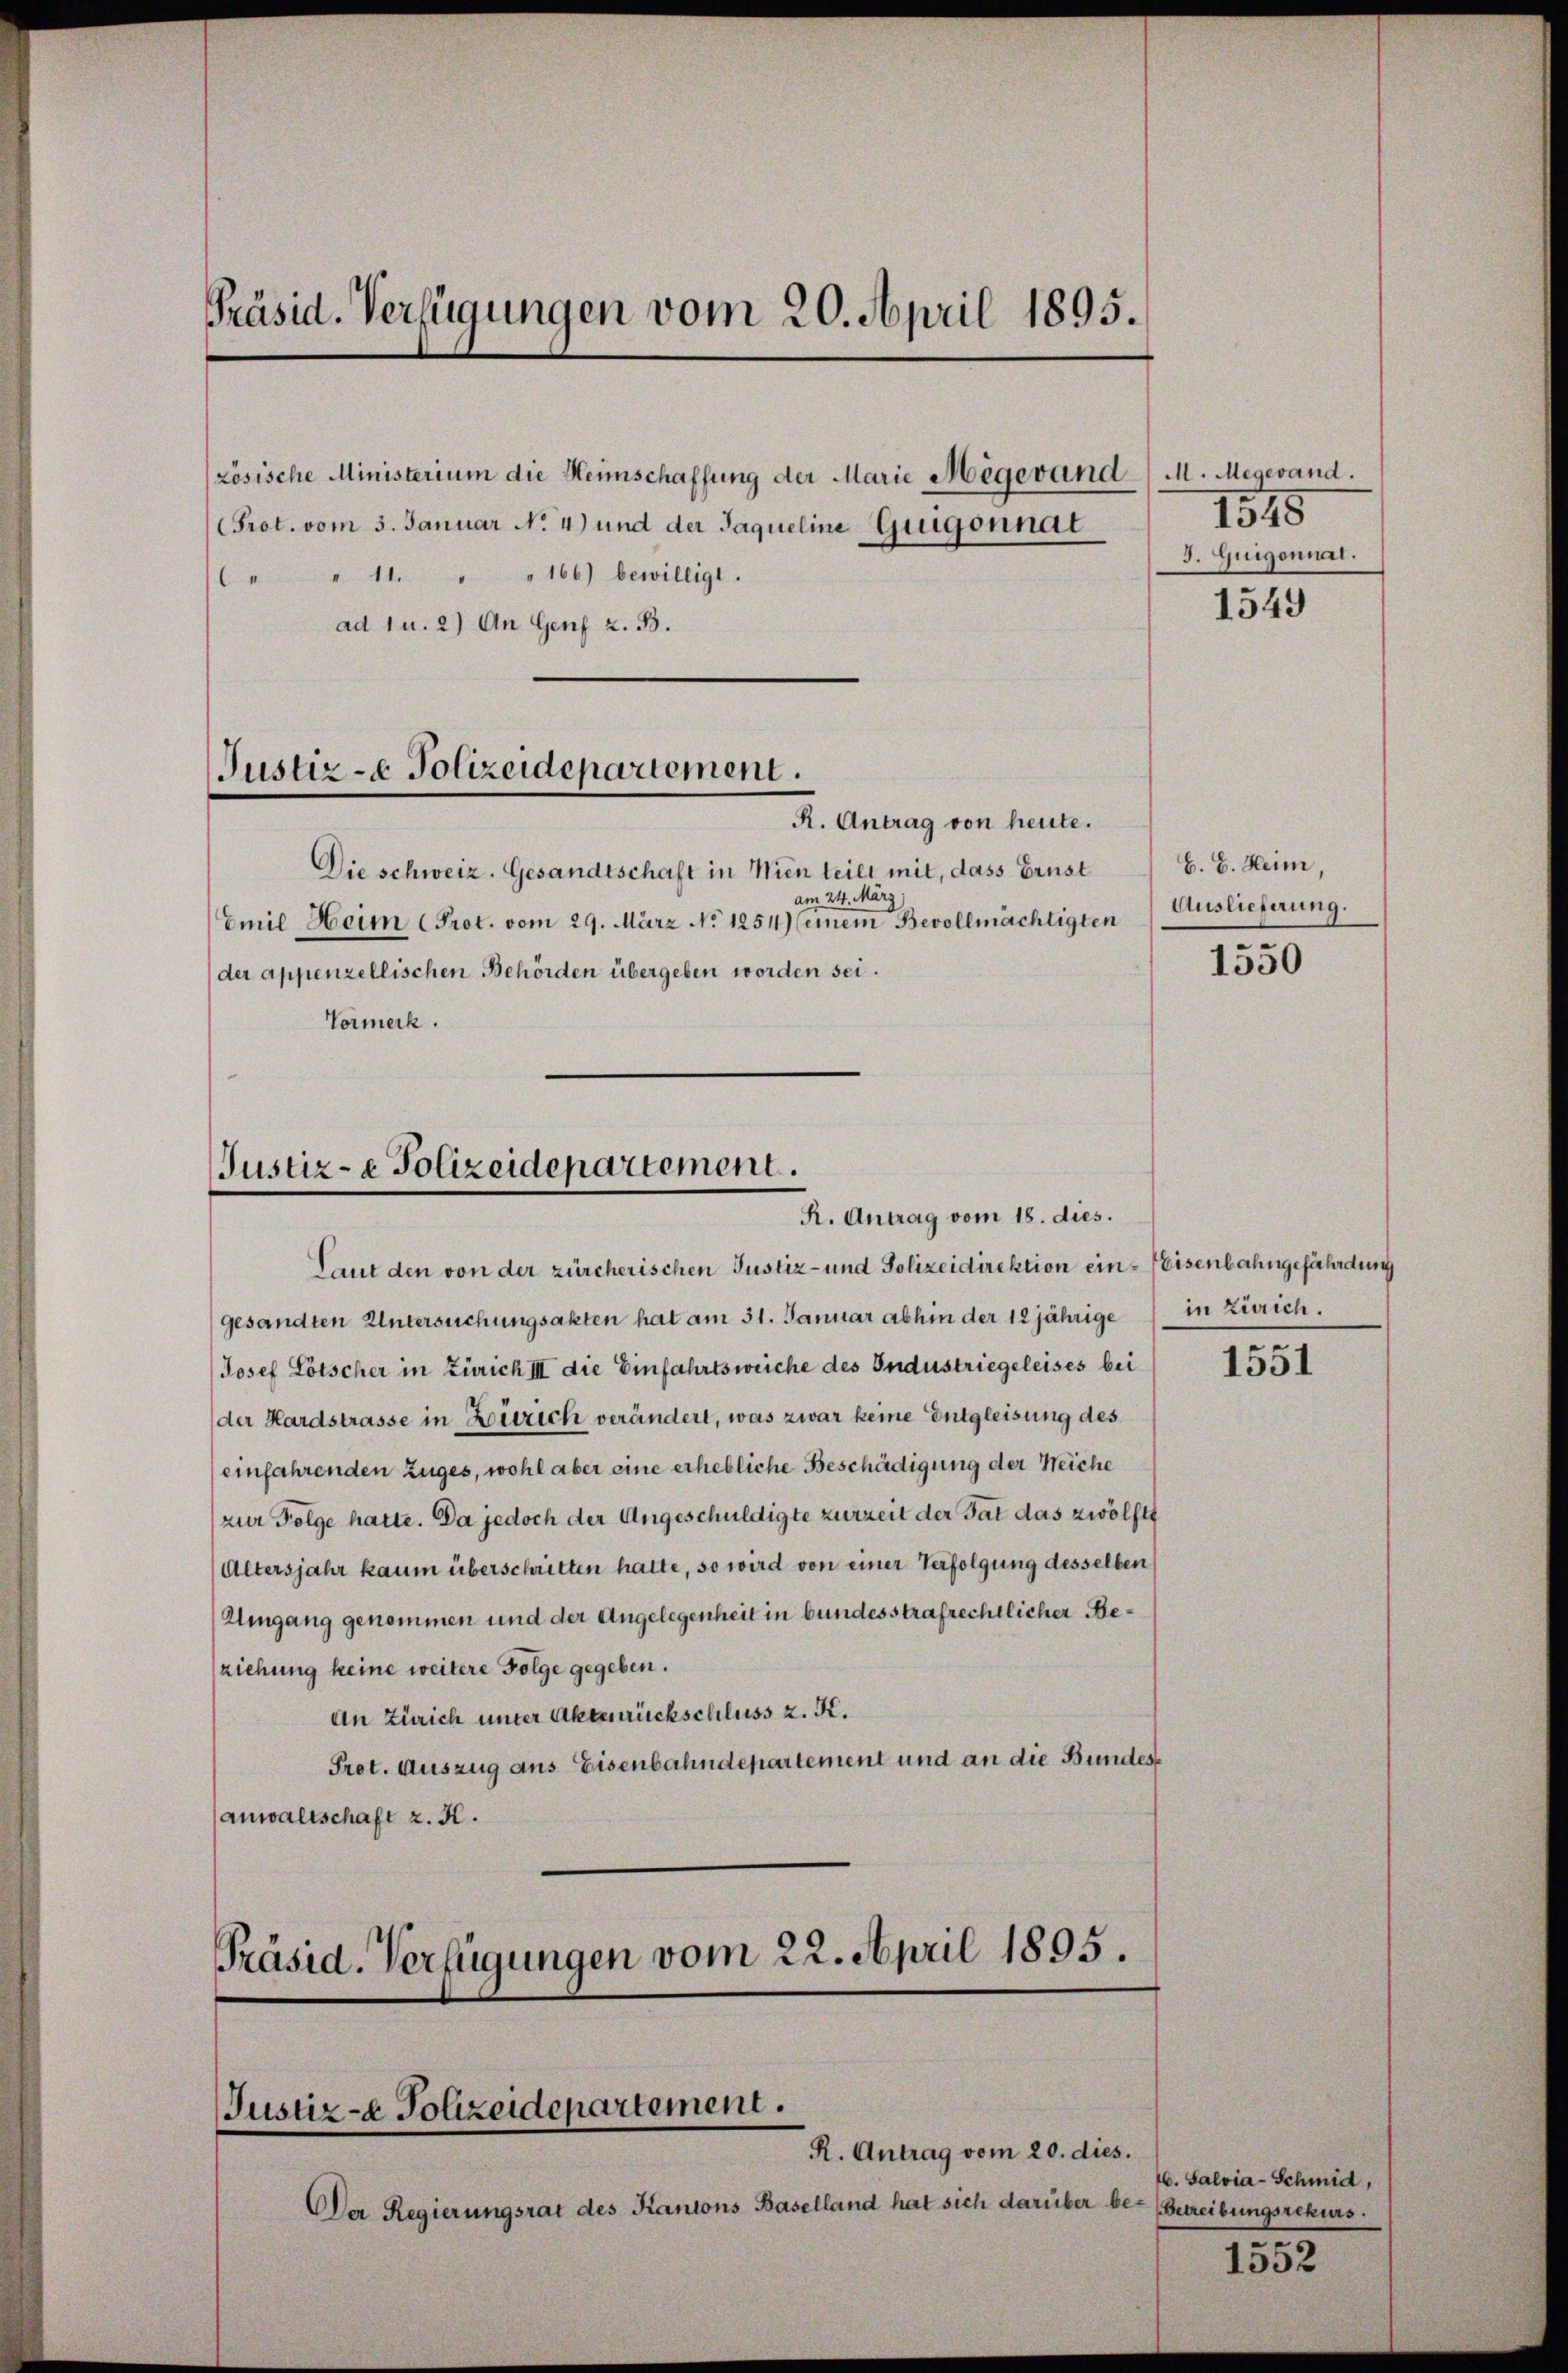
Präsid. Verfügungen vom 20. April 1895.

Prot. vom 3. Januar N. 4) und der Jaqueline Gregonnat
 " " 11. " " 166) bewilligt.
ad 1 u. 2) An Genf z. B.
Justiz- & Polizeidepartement.
R. Antrag von heute.

zösische Ministerium die Heimschaffung der Marie Mégevand/ M. Megevand.

Die schweiz. Gesandtschaft in Wien teilt mit, dass Ernst
am 24. März)
Emil Heim Prot. vom 29. März No. 1254) einem Bevollmächtigten
der appenzellischen Behörden übergeben worden sei.
Vormerk.

Justiz- & Polizeidepartement.
R. Antrag vom 18. dies.

Präsid. Verfügungen vom 22. April 1895.
Justiz- & Polizeidepartement.
R. Antrag vom 20. dies.

Der Regierungsrat des Kantons Baselland hat sich darüber be-Betreibungsrekurs

Laut den von der zürcherischen Justiz- und Polizeidirektion ein-Eisenbahngefährdung
gesandten Untersuchungsakten hat am 31. Januar abhin der 12jährige
Josef Lötscher in Zürich III die Einfahrtsweiche des Industriegeleises bei
der Hardstrasse in Zürich verändert, was zwar keine Entgleisung des
einfahrenden Zuges, wohl aber eine erhebliche Beschädigung der Weiche
zur Folge hatte. Da jedoch der Angeschuldigte zurzeit der Tat das zwölfte
Altersjahr kaum überschritten hatte, so wird von einer Verfolgung desselben
Umgang genommen und der Angelegenheit in bundesstrafrechtlicher Beziehung keine weitere Folge gegeben.
An Zürich unter Aktenrückschluss z. K.
Prot. Auszug aus Eisenbahndepartement und an die Bundesanwaltschaft z. B.

1545
3. Guigonnai.

1549

E. E. Heim,
Auslieferung.

1550

in Zürich.

1551

16. Salvia-Schmid,

1552